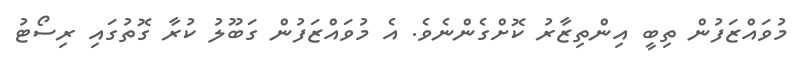
މުވައްޒަފުން ތިބީ އިންތިޒާރު ކޮށްގެންނެވެ. އެ މުވައްޒަފުން ގަބޫލު ކުރާ ގޮތުގައި ރިސޯޓު